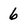
Character: 6